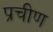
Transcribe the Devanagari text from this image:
प्रचीण